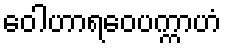
ဝေါဟာရဝေပက္ကာဟံ